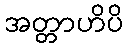
အတ္တာဟိပိ